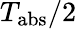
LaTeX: T_{\mathrm{abs}}/2